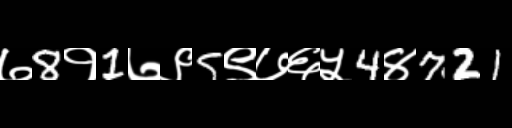
Text: ७8१1७९5९७६५4४721